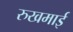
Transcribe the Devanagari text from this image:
रुखमाई